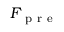
F _ { \mathrm { ~ p ~ r ~ e ~ } }